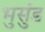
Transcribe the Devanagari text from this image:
भुसुंड